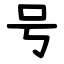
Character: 号